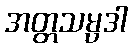
အတ္တသမ္ပဒါ